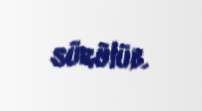
sürülüb.